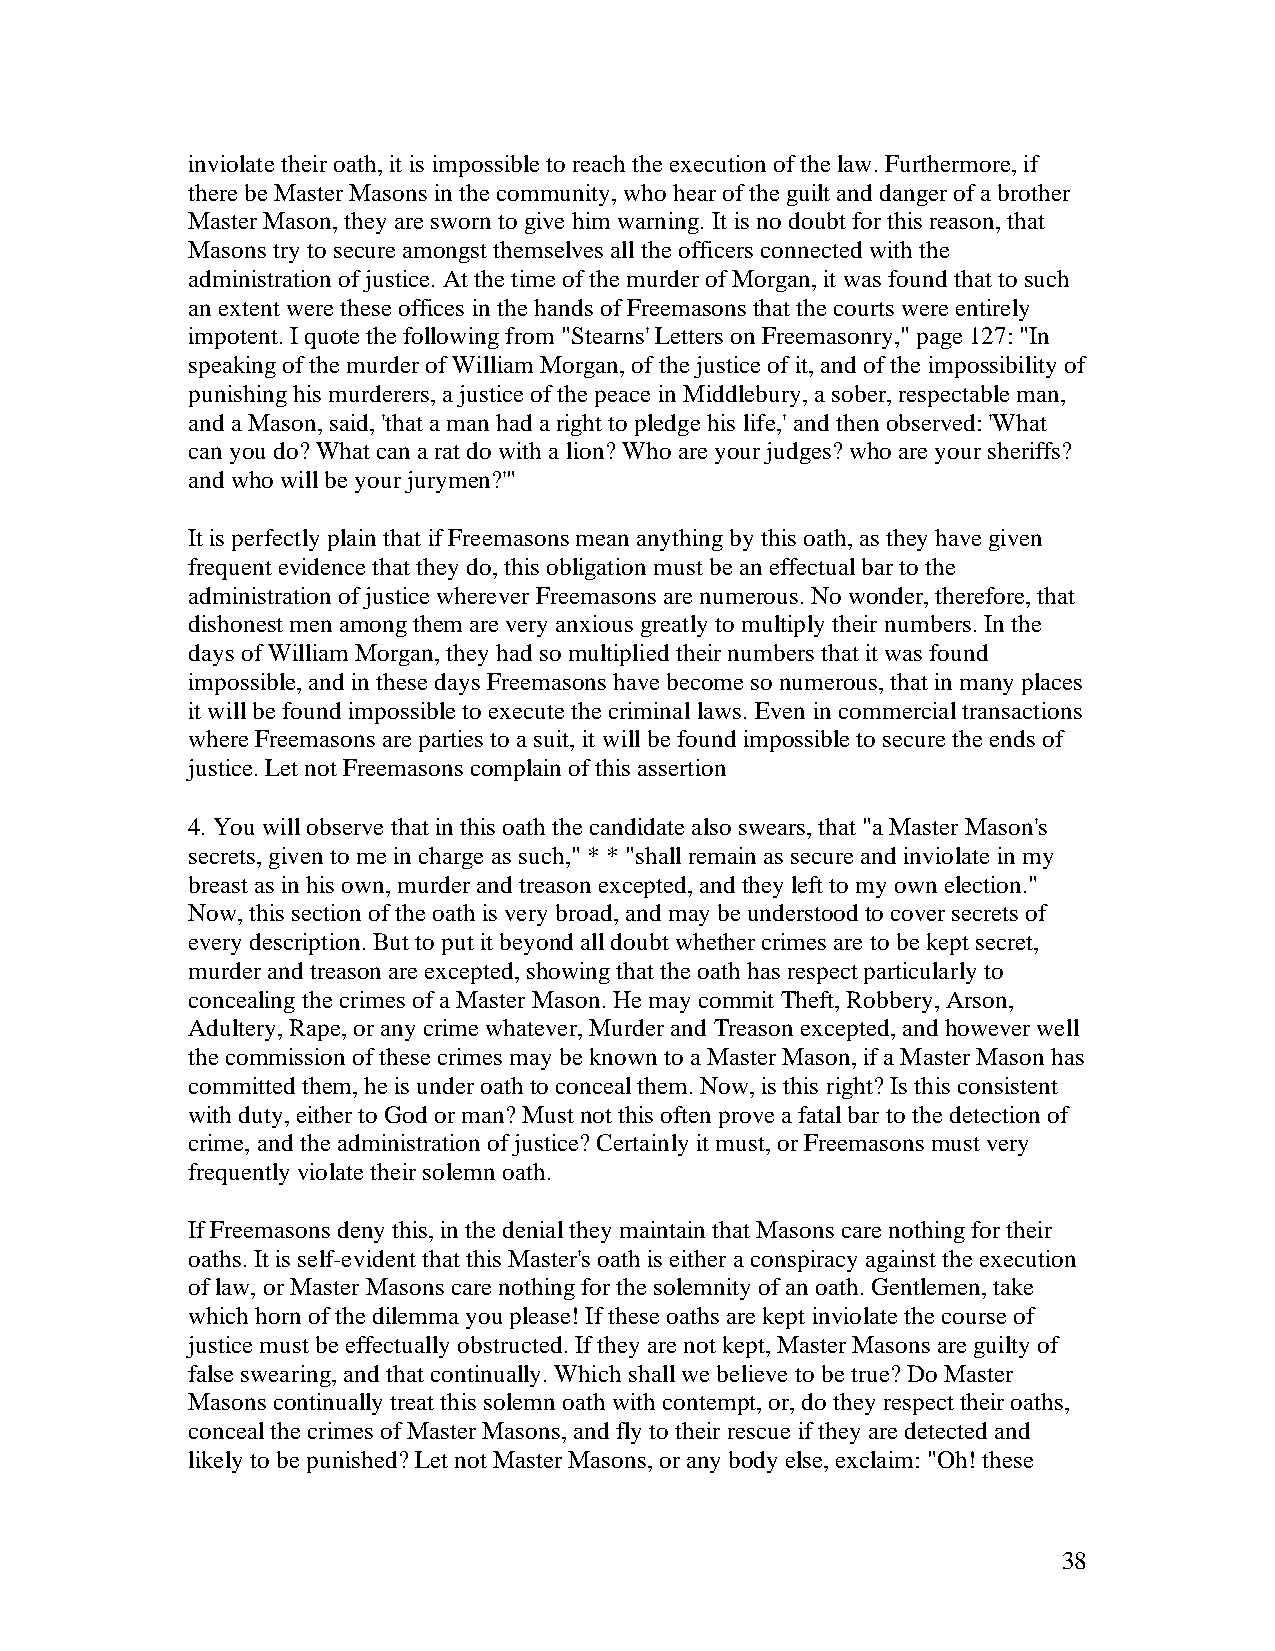
inviolate their oath, it is impossible to reach the execution of the law. Furthermore, if
 there be Master Masons in the community, who hear of the guilt and danger of a brother
 Master Mason, they are sworn to give him warning. It is no doubt for this reason, that
 Masons try to secure amongst themselves all the officers connected with the
 administration of justice. At the time of the murder of Morgan, it was found that to such
 an extent were these offices in the hands of Freemasons that the courts were entirely
 impotent. I quote the following from "Stearns' Letters on Freemasonry," page 127: "In
 speaking of the murder of William Morgan, of the justice of it, and of the impossibility of
 punishing his murderers, a justice of the peace in Middlebury, a sober, respectable man,
 and a Mason, said, 'that a man had a right to pledge his life,' and then observed: 'What
 can you do? What can a rat do with a lion? Who are your judges? who are your sheriffs?
 and who will be your jurymen?'"
 It is perfectly plain that if Freemasons mean anything by this oath, as they have given
 frequent evidence that they do, this obligation must be an effectual bar to the
 administration of justice wherever Freemasons are numerous. No wonder, therefore, that
 dishonest men among them are very anxious greatly to multiply their numbers. In the
 days of William Morgan, they had so multiplied their numbers that it was found
 impossible, and in these days Freemasons have become so numerous, that in many places
 it will be found impossible to execute the criminal laws. Even in commercial transactions
 where Freemasons are parties to a suit, it will be found impossible to secure the ends of
 justice. Let not Freemasons complain of this assertion
 4. You will observe that in this oath the candidate also swears, that "a Master Mason's
 secrets, given to me in charge as such," * * "shall remain as secure and inviolate in my
 breast as in his own, murder and treason excepted, and they left to my own election."
 Now, this section of the oath is very broad, and may be understood to cover secrets of
 every description. But to put it beyond all doubt whether crimes are to be kept secret,
 murder and treason are excepted, showing that the oath has respect particularly to
 concealing the crimes of a Master Mason. He may commit Theft, Robbery, Arson,
 Adultery, Rape, or any crime whatever, Murder and Treason excepted, and however well
 the commission of these crimes may be known to a Master Mason, if a Master Mason has
 committed them, he is under oath to conceal them. Now, is this right? Is this consistent
 with duty, either to God or man? Must not this often prove a fatal bar to the detection of
 crime, and the administration of justice? Certainly it must, or Freemasons must very
 frequently violate their solemn oath.
 If Freemasons deny this, in the denial they maintain that Masons care nothing for their
 oaths. It is self-evident that this Master's oath is either a conspiracy against the execution
 of law, or Master Masons care nothing for the solemnity of an oath. Gentlemen, take
 which horn of the dilemma you please! If these oaths are kept inviolate the course of
 justice must be effectually obstructed. If they are not kept, Master Masons are guilty of
 false swearing, and that continually. Which shall we believe to be true? Do Master
 Masons continually treat this solemn oath with contempt, or, do they respect their oaths,
 conceal the crimes of Master Masons, and fly to their rescue if they are detected and
 likely to be punished? Let not Master Masons, or any body else, exclaim: "Oh! these
 38